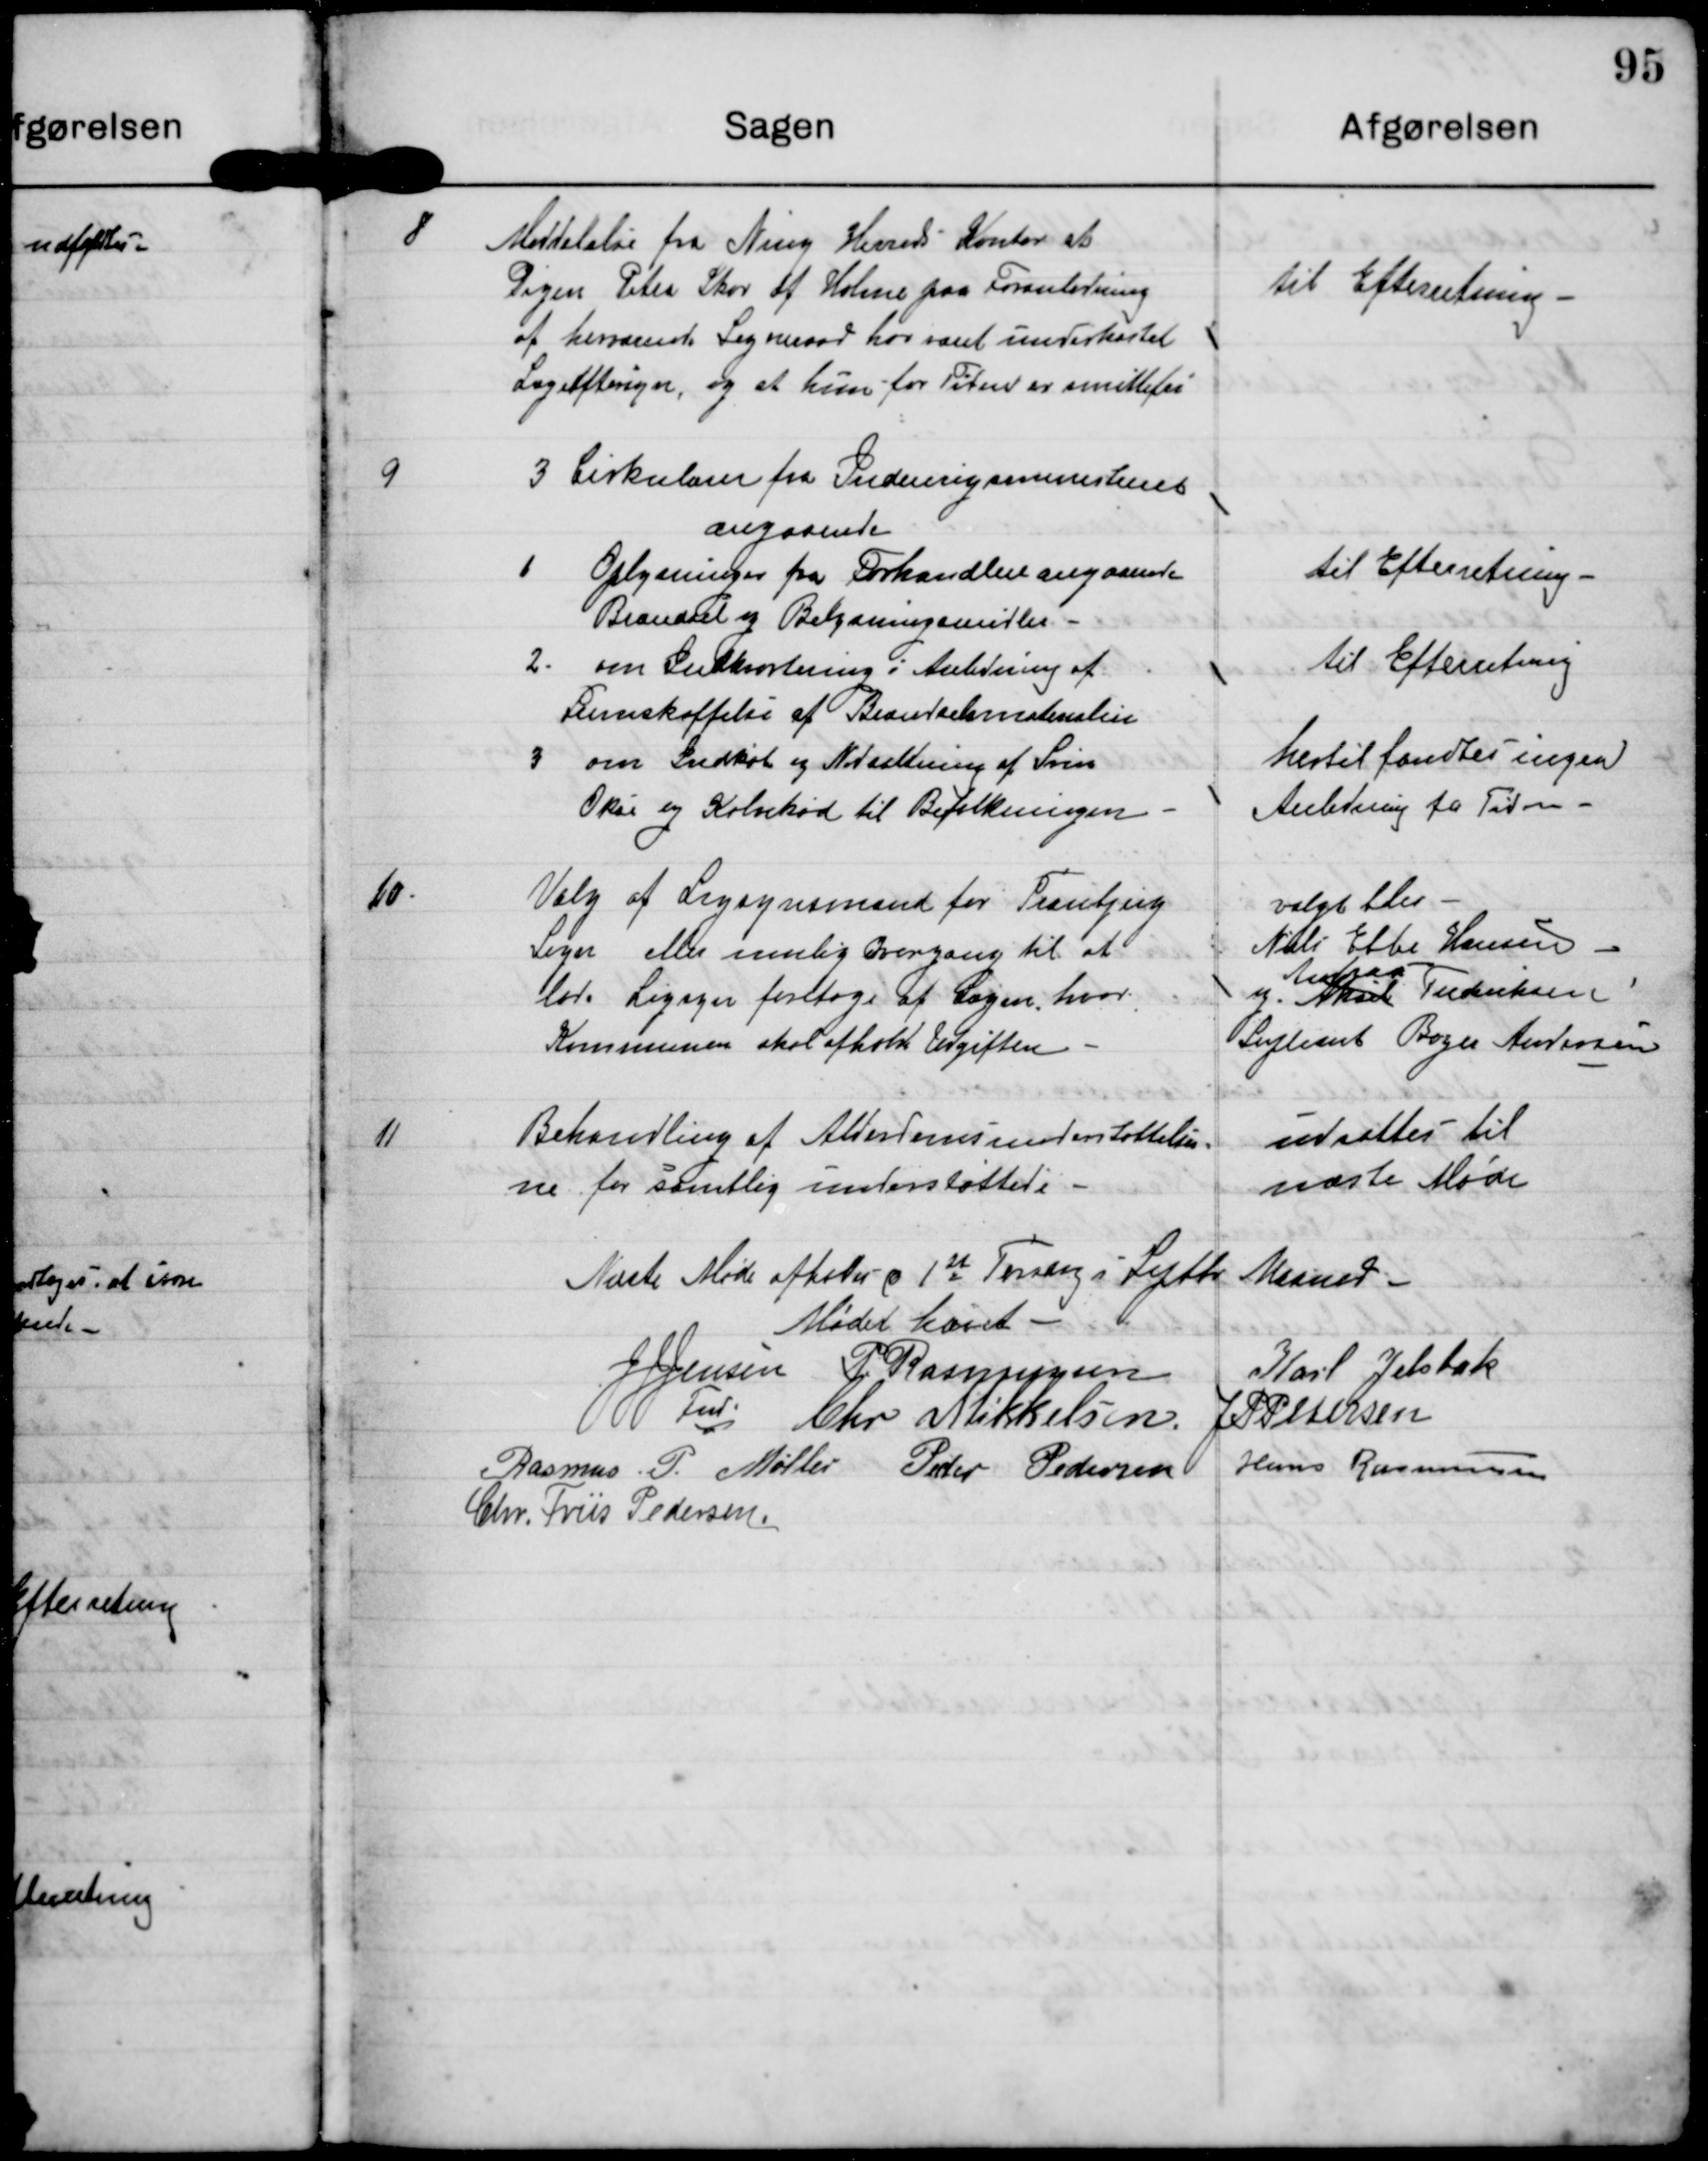
Transskription:
8. Meddelelse fra Ning Herreds Kontor at
Pigen Petra Skov af Holme paa Foranledning
af herværende Sogneraad har været underhkastet
Lægeeftersyn, og at hun for Tiden er smittefri.

til Efterretning

9
3 Cirkulærer fra Indenrigsministeriet
angaaende
1. Oplysninger fra Forhandlere angaaende
Brændsel og Belysningsmidler.
2. om Indkvortering i Anledning af
Fremskaffelse af Brændselsmaterialer
3. om Indkøb og Nedsaltning af Svin
Okse og Kalvekød til befolkningen

til Efterretning

til Efterretning

hertil fandtes ingen
Anledning for Tiden

10.
Valg af Ligsynsmand for Tranbjerg
Sogn eller mulig Overgang til at
lade Ligsyn foretage af Lægen, hvor
Kommunen skal afholde Udgiften.

valgt blev
Niels Ebbe Hansen
Andreas
og Aksel Frederiksen
Supleant Bager Andersen

11.
Behandling af Alderdomsunderstøttelser-
ne for samtlige understøttede.

udsattes til
næste Møde

Næste Møde afholdes d 1st Torsdag i Septbr Maaned

Mødet hævet

J J Jensen

P Rasmussen

Chr Mikkelsen

J P Petersen

Rasmus P Møller

Peter Pedersen

Hans Rasmussen

Chr. Friis Pedersen